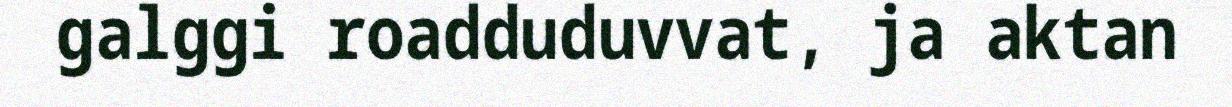
galggi roadduduvvat, ja aktan